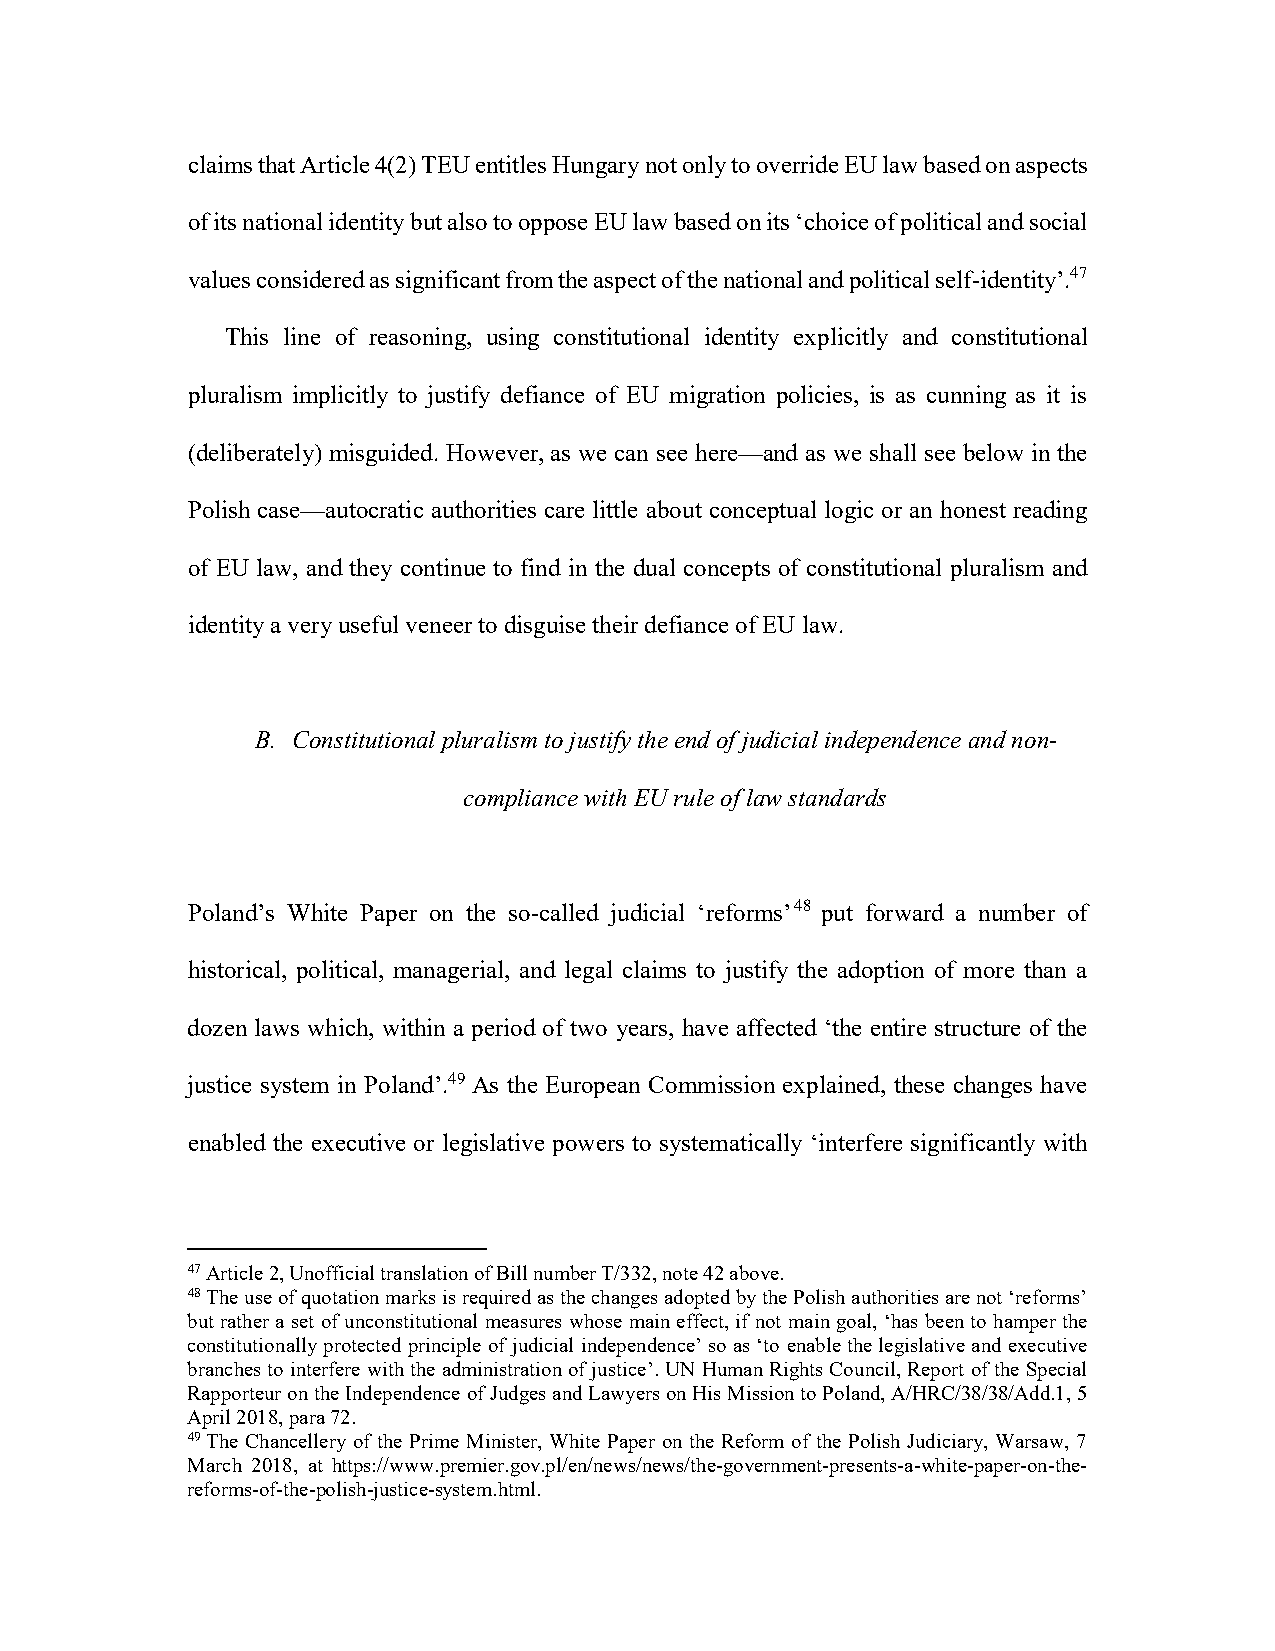
claims that Article 4(2) TEU entitles Hungary not only to override EU law based on aspects
 of its national identity but also to oppose EU law based on its ‘choice of political and social
 values considered as significant from the aspect of the national and political self-identity’.47
 This line of reasoning, using constitutional identity explicitly and constitutional
 pluralism implicitly to justify defiance of EU migration policies, is as cunning as it is
 (deliberately) misguided. However, as we can see here—and as we shall see below in the
 Polish case—autocratic authorities care little about conceptual logic or an honest reading
 of EU law, and they continue to find in the dual concepts of constitutional pluralism and
 identity a very useful veneer to disguise their defiance of EU law.
 B. Constitutional pluralism to justify the end of judicial independence and non-
 compliance with EU rule of law standards
 Poland’s White Paper on the so-called judicial ‘reforms’48 put forward a number of
 historical, political, managerial, and legal claims to justify the adoption of more than a
 dozen laws which, within a period of two years, have affected ‘the entire structure of the
 justice system in Poland’.49 As the European Commission explained, these changes have
 enabled the executive or legislative powers to systematically ‘interfere significantly with
 47 Article 2, Unofficial translation of Bill number T/332, note 42 above.
 48 The use of quotation marks is required as the changes adopted by the Polish authorities are not ‘reforms’
 but rather a set of unconstitutional measures whose main effect, if not main goal, ‘has been to hamper the
 constitutionally protected principle of judicial independence’ so as ‘to enable the legislative and executive
 branches to interfere with the administration of justice’. UN Human Rights Council, Report of the Special
 Rapporteur on the Independence of Judges and Lawyers on His Mission to Poland, A/HRC/38/38/Add.1, 5
 April 2018, para 72.
 49 The Chancellery of the Prime Minister, White Paper on the Reform of the Polish Judiciary, Warsaw, 7
 March 2018, at https://www.premier.gov.pl/en/news/news/the-government-presents-a-white-paper-on-the-
 reforms-of-the-polish-justice-system.html.